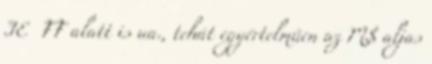
IE FF alatt is ua., tehát egyértelműen az M$ aljas